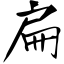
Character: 扁